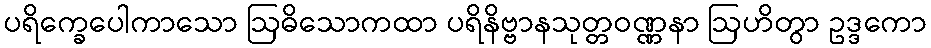
ပရိက္ခေပေါကာသော ဩဓိသောကထာ ပရိနိဗ္ဗာနသုတ္တဝဏ္ဏနာ ဩဟိတွာ ဥဒ္ဒကော